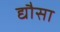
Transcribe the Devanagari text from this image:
द्यौसा